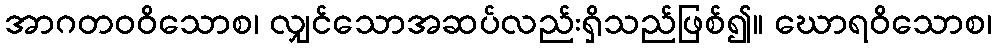
အာဂတဝဝိသောစ၊ လျှင်သောအဆပ်လည်းရှိသည်ဖြစ်၍။ ဃောရဝိသောစ၊